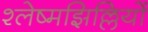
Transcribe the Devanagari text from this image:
श्लेष्मझिल्लियों